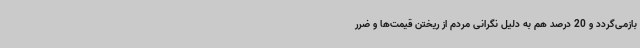
بازمی‌گردد و 20 درصد هم به دلیل نگرانی مردم از ریختن قیمت‌ها و ضرر